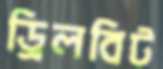
ড্রিলবিট